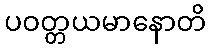
ပဝတ္တယမာနောတိ